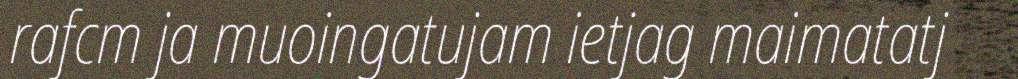
rafcm ja muoingatujam ietjag maimatatj